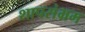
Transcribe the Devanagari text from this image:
शापसंभ्रम